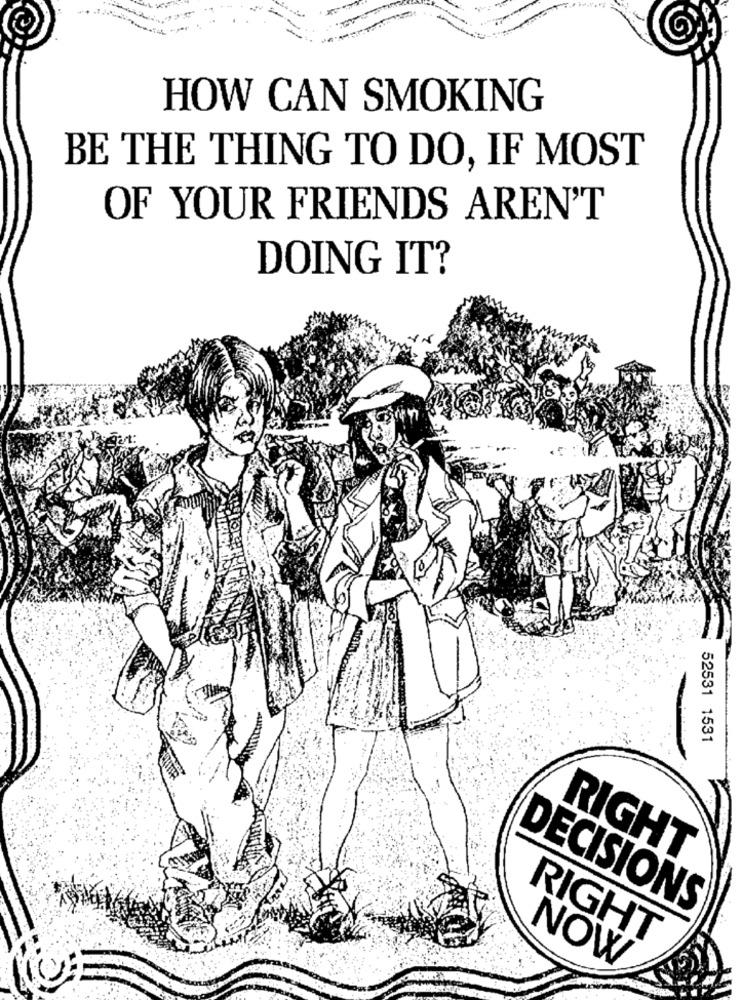
HOW CAN SMOKING
BE THE THING TO DO, IF MOST
OF YOUR FRIENDS AREN'T
DOING IT?
52531 1531
RIGHT
DECISIONS
RIGHT
NOW